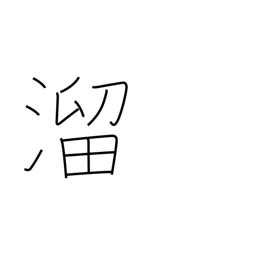
Meaning: collect